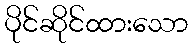
ပိုင်ဆိုင်ထားသော